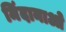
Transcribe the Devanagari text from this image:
मिंदानाओ